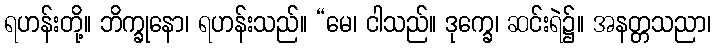
ရဟန်းတို့။ ဘိက္ခုနော၊ ရဟန်းသည်။ “မေ၊ ငါသည်။ ဒုက္ခေ၊ ဆင်းရဲ၌။ အနတ္တသညာ၊